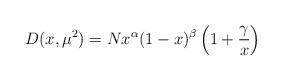
LaTeX: \begin{align*}D(x,\mu^2)=Nx^\alpha(1-x)^\beta\left(1+\frac{\gamma}{x}\right)\end{align*}